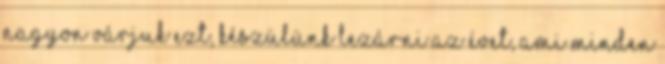
nagyon várjuk ezt, készülünk lezárni az évet, ami minden